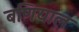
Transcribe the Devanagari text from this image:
बणियाल